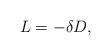
LaTeX: \begin{align*}L=-\delta D,\end{align*}